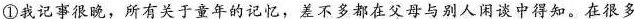
①我记事很晚，所有关于童年的记忆，差不多都在父母与别人闲谈中得知。在很多